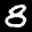
Label: 8